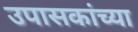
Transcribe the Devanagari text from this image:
उपासकांच्या